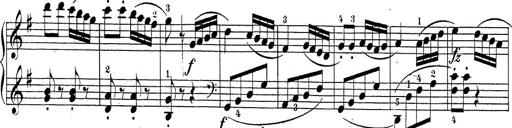
Title: Sonatina Album
Composer: Louis KÃ¶hler